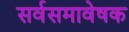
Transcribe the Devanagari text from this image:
सर्वसमावेषक